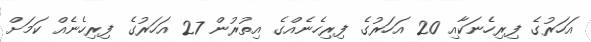
އަހަރުގެ ފިރިހެނަކާއި 20 އަހަރުގެ ފިރިހެނެއްގެ އިތުރުން 27 އަހަރުގެ ފިރިހެނެއް ކަމަށް